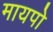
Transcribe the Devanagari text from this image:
मायपो